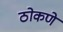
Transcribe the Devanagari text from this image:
ठोकणे